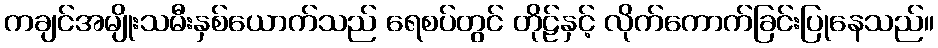
ကချင်အမျိုးသမီးနှစ်ယောက်သည် ရေစပ်တွင် တိုဠ်နှင့် လိုက်ကောက်ခြင်းပြုနေသည်။